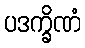
ပဒက္ခိဏံ